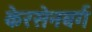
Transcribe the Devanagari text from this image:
केरसेनबर्ग